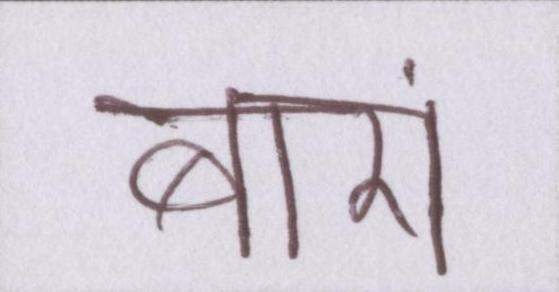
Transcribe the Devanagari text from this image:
बारां